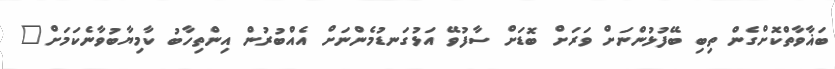
ބަޣާވާތްކޮށްގެން ތިބި ބޭފުޅުންނަށް ވަރަށް ބޮޑަށް ސާފުވޭ އަޅުގަނޑުމެންނަށް އެއްބުރުން އިންތިހާބު ކާމިޔާބުވާނެކަމަށް"